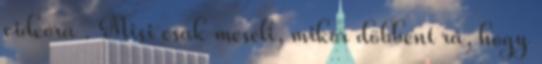
videóra . Misi csak meséli, mikor döbbent rá, hogy